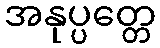
အနုပ္ပတ္တေ